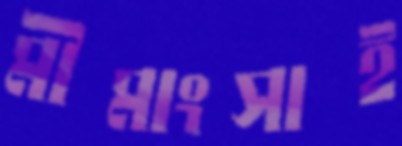
মীমাংসাই